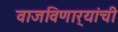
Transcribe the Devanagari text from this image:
वाजविणार्‍यांची